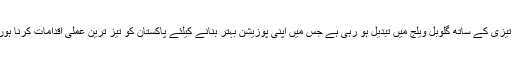
دنیا تیزی کے ساتھ گلوبل ویلج میں تبدیل ہو رہی ہے جس میں اپنی پوزیشن بہتر بنانے کیلئے پاکستان کو تیز ترین عملی اقدامات کرنا ہوں گا۔